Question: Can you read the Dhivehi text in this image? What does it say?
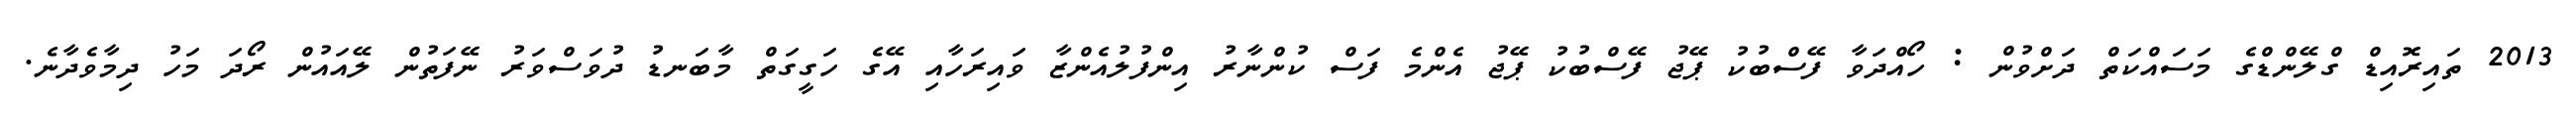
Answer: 2013 ތައިރޮއިޑް ގްލޭންޑްގެ މަސައްކަތް ދަށްވުން : ހޯއްދަވާ ފޭސްބުކު ޕޭޖު ފޭސްބުކު ޕޭޖު އެންމެ ފަސް ކުންނާރު އިންފުލުއެންޒާ ވައިރަހާއި އޭގެ ހަގީގަތް މާބަނޑު ދުވަސްވަރު ނޭފަތުން ލޭއައުން ރޯދަ މަހު ދިމާވެދާނެ.